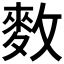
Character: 𪌑